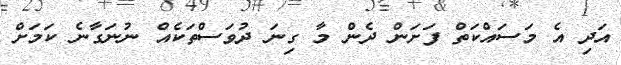
އަދި އެ މަސައްކަތް ފަށަން ދެން މާ ގިނަ ދުވަސްތަކެއް ނުނަގާނެ ކަމަށް